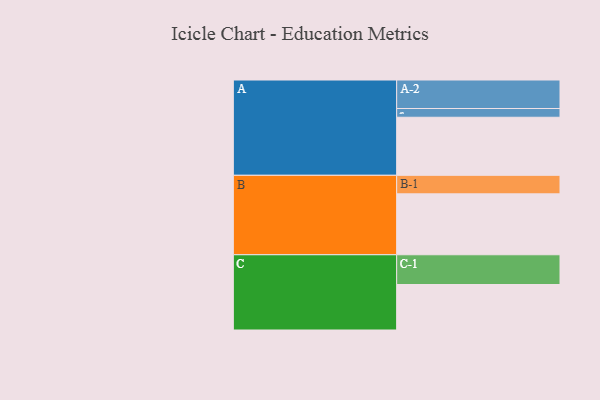
{"axis": {"x": "Segment", "y": "Value"}, "legend": ["", "A", "B", "C"], "data": [{"x": "A", "y": 564, "type": ""}, {"x": "B", "y": 592, "type": ""}, {"x": "C", "y": 442, "type": ""}, {"x": "A-1", "y": 85, "type": "A"}, {"x": "A-2", "y": 277, "type": "A"}, {"x": "B-1", "y": 180, "type": "B"}, {"x": "C-1", "y": 289, "type": "C"}]}